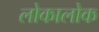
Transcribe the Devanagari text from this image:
लोकालोक